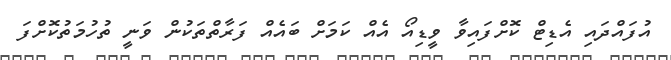
އުފައްދައި އެޑިޓް ކޮށްފައިވާ ވީޑިއޯ އެއް ކަމަށް ބައެއް ފަރާތްތަކުން ވަނީ ތުހުމަތުކޮށްފަ